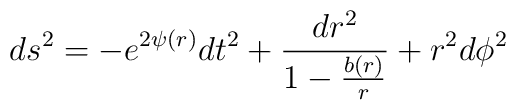
ds^{2} = -e^{2\psi(r)}dt^{2} + \frac{dr^{2}}{1-\frac{b(r)}{r}}+ r^{2}d\phi^{2}